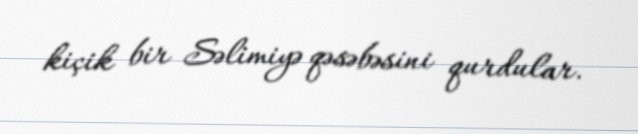
kiçik bir Səlimiyə qəsəbəsini qurdular.